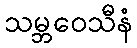
သမ္ဘဝေသီနံ